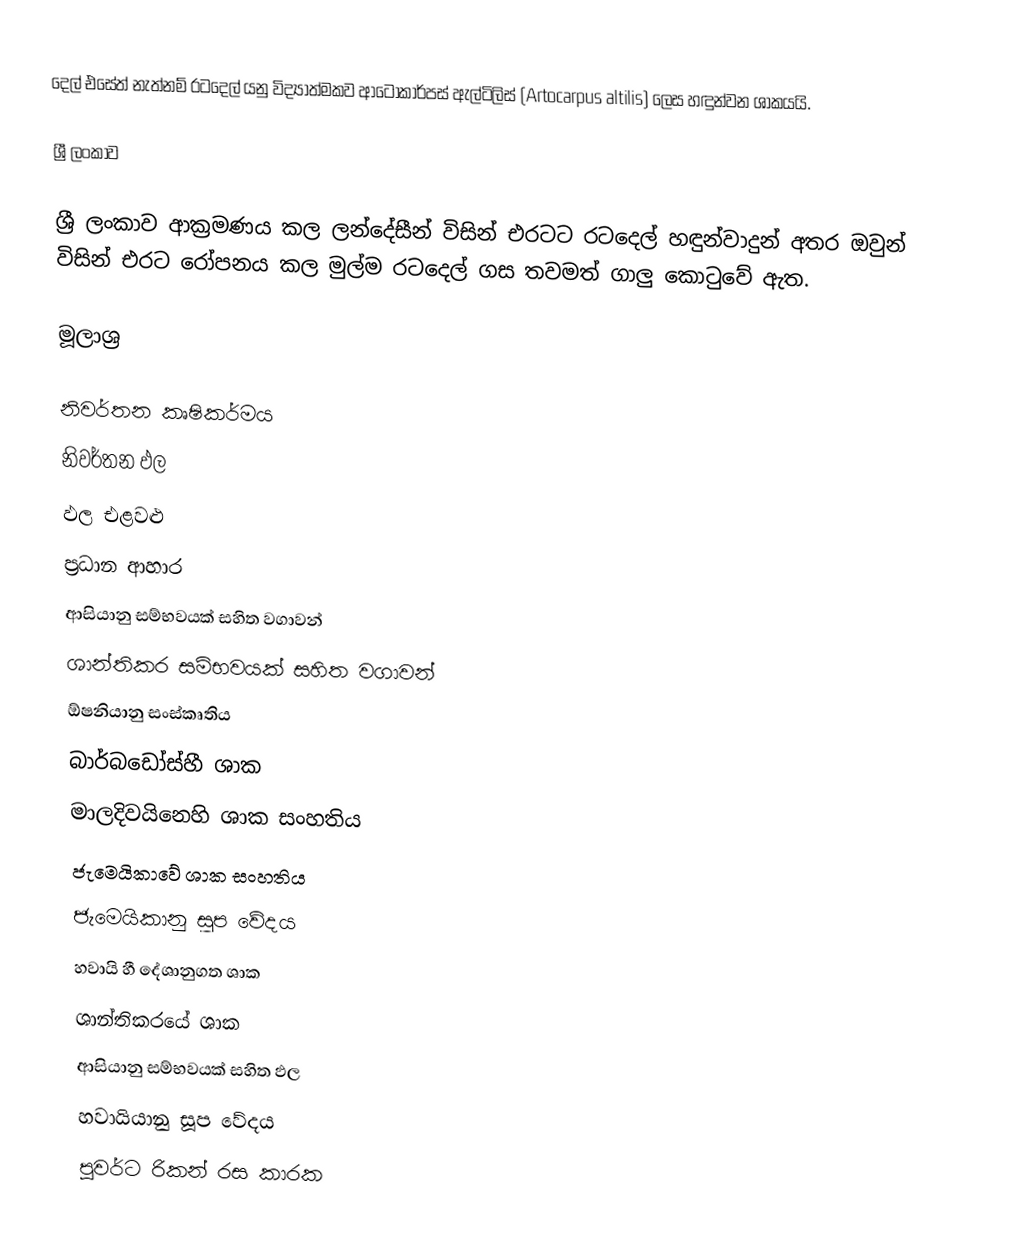
දෙල් එසේත් නැත්නම් රටදෙල් යනු විද්‍යාත්මකව ආටොකාර්පස් ඇල්ටිලිස් (Artocarpus altilis) ලෙස හඳුන්වන ශාකයයි.

ශ්‍රී ලංකාව

ශ්‍රී ලංකාව ආක්‍රමණය කල ලන්දේසීන් විසින් එරටට රටදෙල් හඳුන්වාදුන් අතර ඔවුන් විසින් එරට රෝපනය කල මුල්ම රටදෙල් ගස තවමත් ගාලු කොටුවේ ඇත.

මූලාශ්‍ර

නිවර්තන කෘෂිකර්මය
නිවර්තන ඵල
ඵල එළවළු
ප්‍රධාන ආහාර
ආසියානු සම්භවයක් සහිත වගාවන්
ශාන්තිකර සම්භවයක් සහිත වගාවන්
ඕෂනියානු සංස්කෘතිය
බාර්බඩෝස්හී ශාක
මාලදිවයිනෙහි ශාක සංහතිය
ජැමෙයිකාවේ ශාක සංහතිය
ජැමෙයිකානු සූප වේදය
හවායි හී දේශානුගත ශාක
ශාන්තිකරයේ ශාක
ආසියානු සම්භවයක් සහිත ඵල
හවායියානු සූප වේදය
පුවර්ට රිකන් රස කාරක